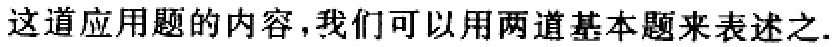
这道应用题的内容，我们可以用两道基本题来表述之.